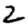
Digit: 2